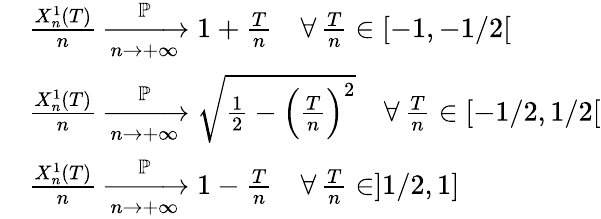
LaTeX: \begin{array}{rl}&{\frac{X_{n}^{1}(T)}{n}\xrightarrow[n\rightarrow+\infty]{\mathbb{P}}1+\frac{T}{n}\quad\forall\, \frac{T}{n}\in[-1,-1/2[}\\ &{\frac{X_{n}^{1}(T)}{n}\xrightarrow[n\rightarrow+\infty]{\mathbb{P}}\sqrt{\frac{1}{2}-{\Big(\frac{T}{n}\Big)}^{2}}\quad\forall\, \frac{T}{n}\in[-1/2,1/2[}\\ &{\frac{X_{n}^{1}(T)}{n}\xrightarrow[n\rightarrow+\infty]{\mathbb{P}}1-\frac{T}{n}\quad\forall\, \frac{T}{n}\in]1/2,1]}\end{array}